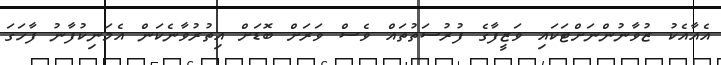
އެއާއެކު ޒުވާނުންނަށްޓަކައި ވަޒީފާގެ ފުރުސަތުތައް ވެސް ވަރަށް ބޮޑަށް އިތުރުވާނެކަން އެމަނިކުފާނު ފާހަގަ